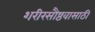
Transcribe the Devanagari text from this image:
शरीरसौष्ठवासाठी